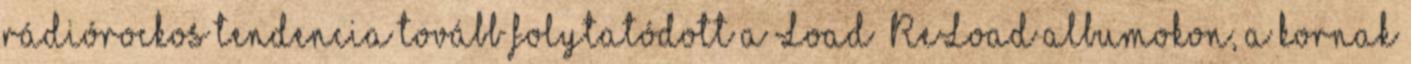
rádiórockos tendencia tovább folytatódott a Load ReLoad albumokon, a kornak